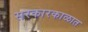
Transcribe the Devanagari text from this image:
सरकारकाळात